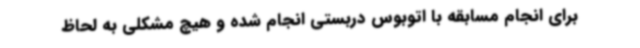
برای انجام مسابقه با اتوبوس دربستی انجام شده و هیچ مشکلی به لحاظ